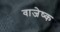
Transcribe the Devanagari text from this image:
वाजेष्क